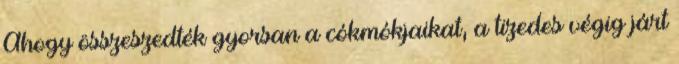
Ahogy összeszedték gyorsan a cókmókjaikat, a tizedes végig járt